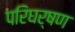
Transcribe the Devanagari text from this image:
परिघर्षण